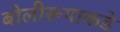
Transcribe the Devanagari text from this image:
बोलीरूपाकडे